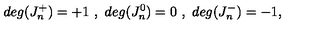
d e g ( J _ { n } ^ { + } ) = + 1 \ , \ d e g ( J _ { n } ^ { 0 } ) = 0 \ , \ d e g ( J _ { n } ^ { - } ) = - 1 ,